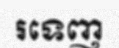
រទេញ